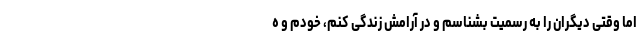
اما وقتی دیگران را به رسمیت بشناسم و در آرامش زندگی کنم، خودم و ه